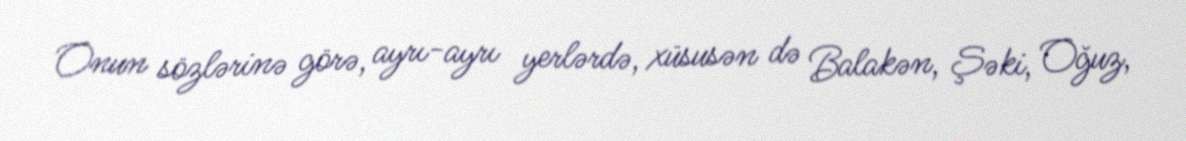
Onun sözlərinə görə, ayrı-ayrı yerlərdə, xüsusən də Balakən, Şəki, Oğuz,